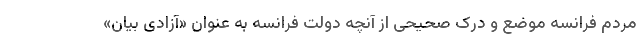
مردم فرانسه موضع و درک صحیحی از آنچه دولت فرانسه به عنوان «آزادی بیان»